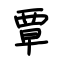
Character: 覃